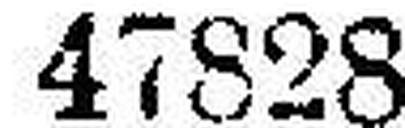
47828